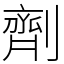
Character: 劑